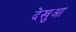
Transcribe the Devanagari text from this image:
देखुआ